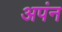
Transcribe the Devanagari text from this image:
अपंन